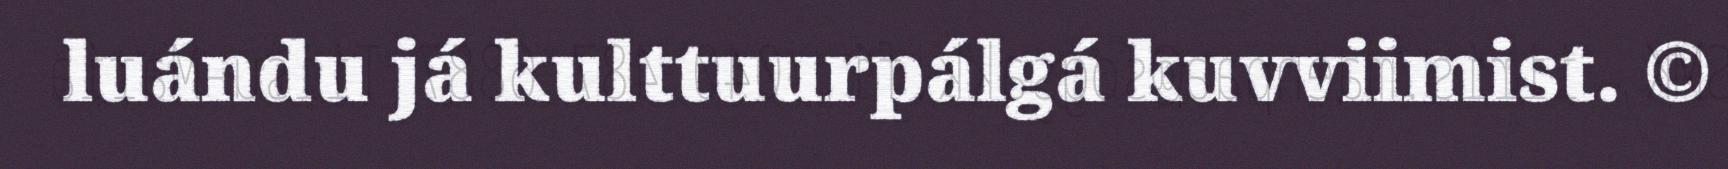
luándu já kulttuurpálgá kuvviimist. ©